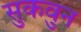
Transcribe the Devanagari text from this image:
सुकवुन